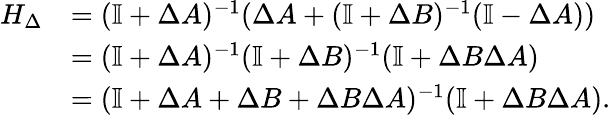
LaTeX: \begin{array}{rl}{H_{\Delta}}&{=(\mathbb I+\Delta A)^{-1}(\Delta A+(\mathbb I+\Delta B)^{-1}(\mathbb I-\Delta A))}\\ &{=(\mathbb I+\Delta A)^{-1}(\mathbb I+\Delta B)^{-1}(\mathbb I+\Delta B\Delta A)}\\ &{=(\mathbb I+\Delta A+\Delta B+\Delta B\Delta A)^{-1}(\mathbb I+\Delta B\Delta A).}\end{array}